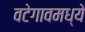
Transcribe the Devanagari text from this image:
वटेगावमध्ये